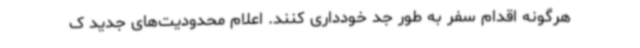
هرگونه اقدام سفر به طور جد خودداری کنند. اعلام محدودیت‌های جدید ک